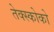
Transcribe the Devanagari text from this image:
तेक्स्कोको